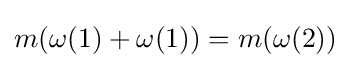
m(\omega (1)+\omega (1))=m(\omega (2))